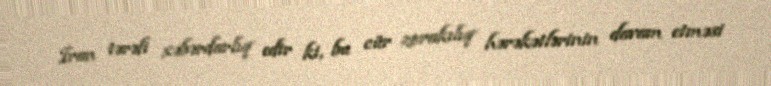
İran tərəfi xəbərdarlıq edir ki, bu cür zorakılıq hərəkətlərinin davam etməsi